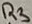
Text: R3